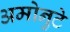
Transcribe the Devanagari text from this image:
अमोनुटे